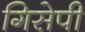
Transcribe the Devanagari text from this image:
गिसेपी